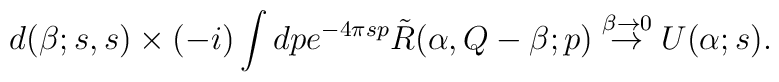
d(\beta;s,s)\times(-i)\int dp e^{-4\pi sp}\tilde{R}(\alpha,Q-\beta;p)  \stackrel{\beta\to 0}{\rightarrow} U(\alpha;s).